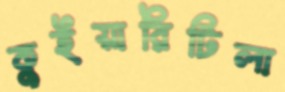
কুইয়ারিটিলা